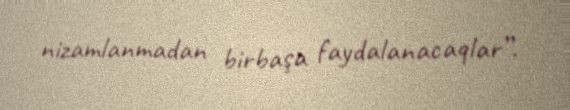
nizamlanmadan birbaşa faydalanacaqlar”.